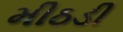
મીઠડી